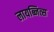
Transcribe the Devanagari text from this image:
लायब्नित्स